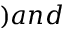
) a n d